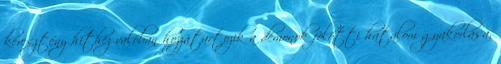
keresztény hithez valóban hozzátartozik a démonok fölötti hatalom gyakorlása,